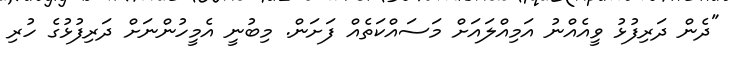
"ދެން ދަރިފުޅު ވީއެއްނު އަމިއްލައަށް މަސައްކަތެއް ފަށަން. މިބުނީ އެމީހުންނަށް ދަރިފުޅުގެ ހުރި